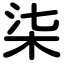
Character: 柒